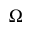
\Omega